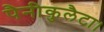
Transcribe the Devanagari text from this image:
पैनीकुलैटा।